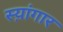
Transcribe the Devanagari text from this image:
स्य़ांगार